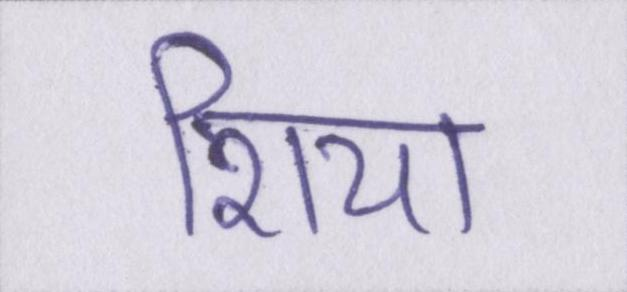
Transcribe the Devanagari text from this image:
शिया